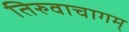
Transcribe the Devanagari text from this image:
तिरुवाचागम्‌